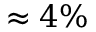
\approx 4 \%